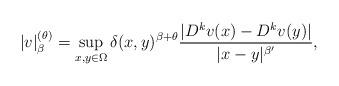
LaTeX: \begin{align*}|v|_{\beta}^{(\theta)} = \sup_{x,y \in \Omega} \delta(x,y)^{\beta+\theta} \frac{|D^k v (x) - D^k v(y)|}{|x-y|^{\beta'}},\end{align*}